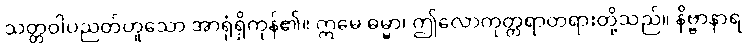
သတ္တဝါပညတ်ဟူသော အာရုံရှိကုန်၏။ ဣမေ ဓမ္မာ၊ ဤလောကုတ္တရာတရားတို့သည်။ နိဗ္ဗာနာရ